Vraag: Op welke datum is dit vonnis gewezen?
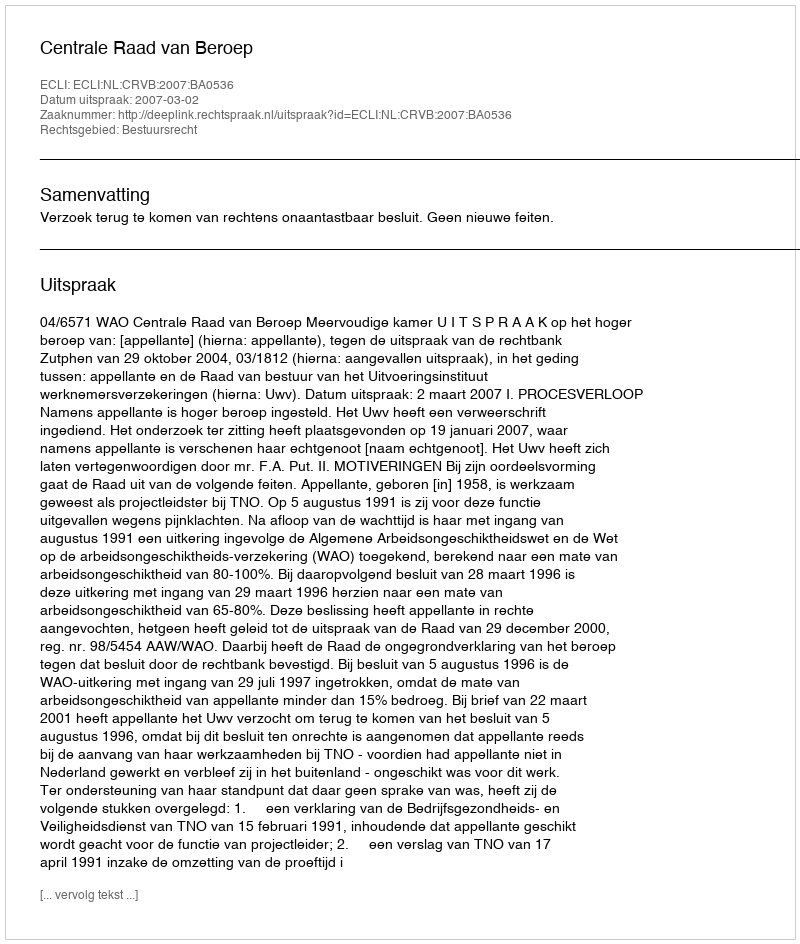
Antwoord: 2007-03-02